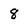
Character: 9